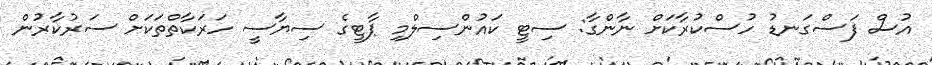
އުސް ފަސްގަނޑު ހުސްކުރާކަށް ނާންގާ: ސިޓީ ކައުންސިލްމި ޕާޓީގެ ސިޔާސީ ހަރަކާތްތަކަށް ސަރުކާރުން